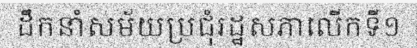
ដឹកនាំសម័យប្រជុំរដ្ឋសភាលើកទី១